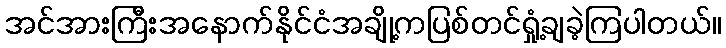
အင်အားကြီးအနောက်နိုင်ငံအချို့ကပြစ်တင်ရှုံ့ချခဲ့ကြပါတယ်။